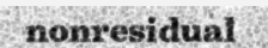
nonresidual